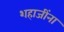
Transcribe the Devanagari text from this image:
शहाजींना